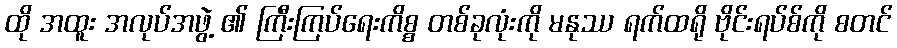
ထို အထူး အလုပ်အဖွဲ့ ၏ ကြီးကြပ်ရေးကိစ္စ တစ်ခုလုံးကို မနုဿ ရက်ထရို ဗိုင်းရပ်စ်ကို စတင်